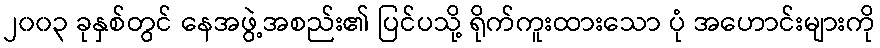
၂၀၀၃ ခုနှစ်တွင် နေအဖွဲ့အစည်း၏ ပြင်ပသို့ ရိုက်ကူးထားသော ပုံ အဟောင်းများကို